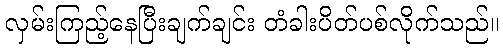
လှမ်းကြည့်နေပြီးချက်ချင်း တံခါးပိတ်ပစ်လိုက်သည်။